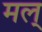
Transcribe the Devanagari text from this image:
मल्